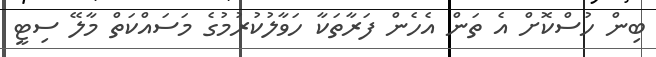
ބިން ހުސްކޮށް އެ ތަން އެހެން ފަރާތަކާ ހަވާލުކުރުމުގެ މަސައްކަތް މާލޭ ސިޓީ